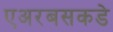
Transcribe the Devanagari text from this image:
एअरबसकडे